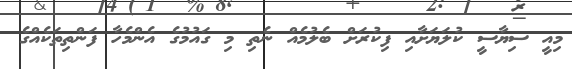
މިއީ ސިޔާސީ ކުލަޔަށާއި ފިކުރަށް ބެލުމެއް ނެތި މި ގައުމުގެ އެންމެހާ ފަންތިތަކެއްގެ